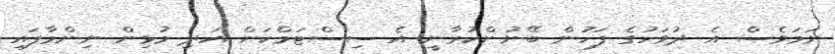
ނަމަވެސް އެ ދުވަހުގެ ފަހުން ބޭނުންކުރާނީ އެ ސިސްޓަމްކަން އަދި މުޅިން ނިންމާފައި